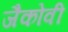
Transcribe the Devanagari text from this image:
जैकोवी